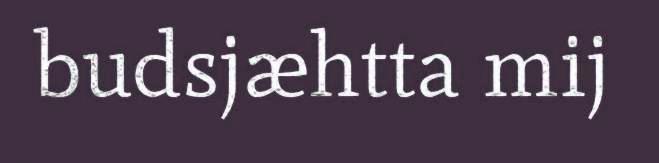
budsjæhtta mij